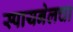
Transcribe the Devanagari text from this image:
स्पायनेलचा